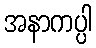
အနာကပ္ပါ